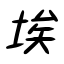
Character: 埃